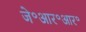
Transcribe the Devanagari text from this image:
जे॰आर॰आर॰